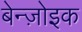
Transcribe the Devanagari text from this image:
बेन्ज़ोइक